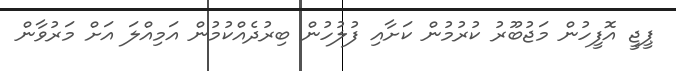
ޕީޖީ އޮފީހުން މަޖުބޫރު ކުރުމުން ކަށާއި ފުލުހުން ބިރުދެއްކުމުން އަމިއްލަ އަށް މަރުވާން